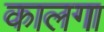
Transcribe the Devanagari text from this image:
कालगा